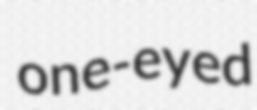
one-eyed